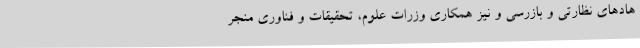
هادهای نظارتی و بازرسی و نیز همکاری وزرات علوم، تحقیقات و فناوری منجر